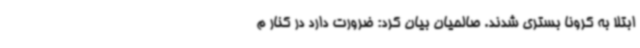
ابتلا به کرونا بستری شدند. صالحیان بیان کرد: ضرورت دارد در کنار م